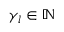
\gamma _ { l } \in \mathbb { N }